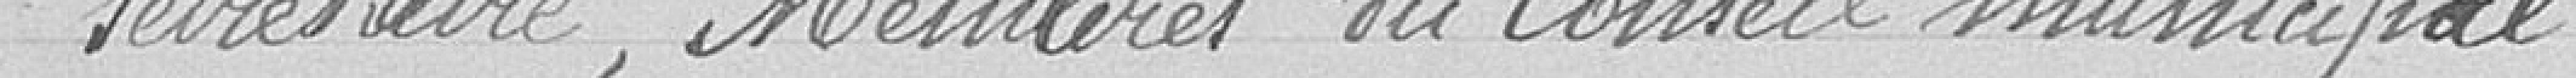
secrétaire, Membres du Conseil municipal.